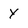
Character: Y